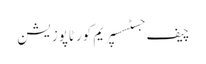
چیف جسٹسسپریم کورٹاپوزیشن